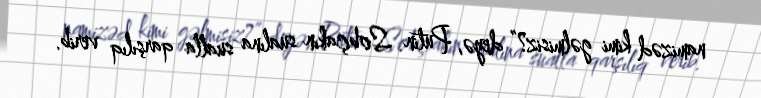
namizəd kimi gəlmisiz?” deyə, Putin Sobçakın sualına sualla qarşılıq verib.